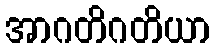
အာဂတိဂတိယာ